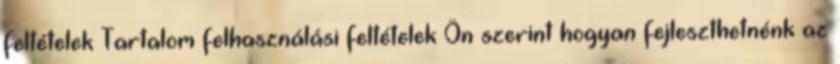
feltételek Tartalom felhasználási feltételek Ön szerint hogyan fejleszthetnénk az